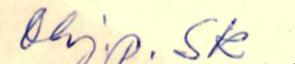
ohj.p. sk